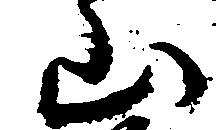
山